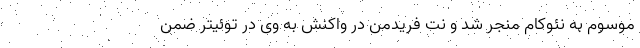
موسوم به نئوکام منجر شد و نت فریدمن در واکنش به وی در توئیتر ضمن